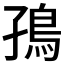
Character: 𮬪